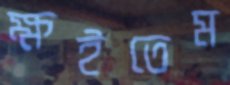
ক্ষইতেম